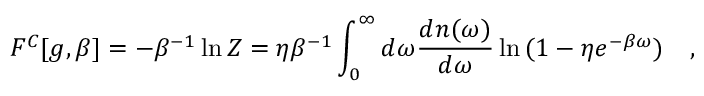
F ^ { C } [ g , \beta ] = - \beta ^ { - 1 } \ln Z = \eta \beta ^ { - 1 } \int _ { 0 } ^ { \infty } d \omega { \frac { d n ( \omega ) } { d \omega } } \ln { ( 1 - \eta e ^ { - \beta \omega } ) } ~ ~ ~ ,